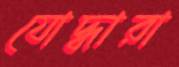
যোদ্ধারা